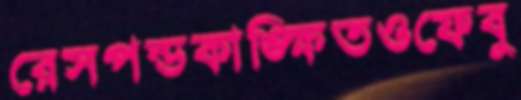
রেসপন্ডকাঙ্ক্ষিতওফেবু